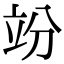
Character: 竕